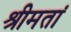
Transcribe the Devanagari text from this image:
श्रीमतां